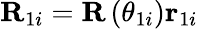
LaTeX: \mathbf{R}_{1i}=\mathbf{R}\left(\theta_{1i}\right)\mathbf{r}_{1i}